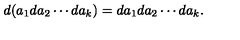
d ( a _ { 1 } d a _ { 2 } \cdots d a _ { k } ) = d a _ { 1 } d a _ { 2 } \cdots d a _ { k } .